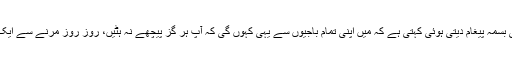
شہیدہ کی دوسری بیٹی بِسمہ پیغام دیتی ہوئی کہتی ہے کہ میں اپنی تمام باجیوں سے یہی کہوں گی کہ آپ ہر گز پیچھے نہ ہٹیں، روز روز مرنے سے ایک دن کا مرنا بہتر ہے۔